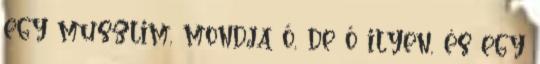
egy muszlim, mondja ő, de ő ilyen, és egy